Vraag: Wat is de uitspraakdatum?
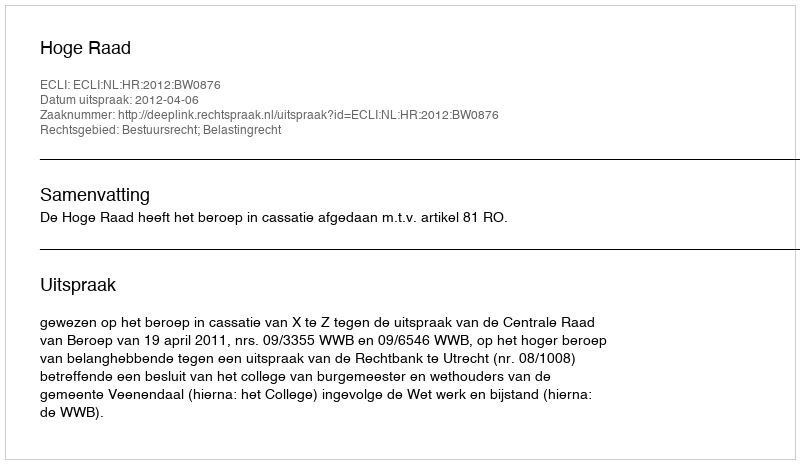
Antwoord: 2012-04-06